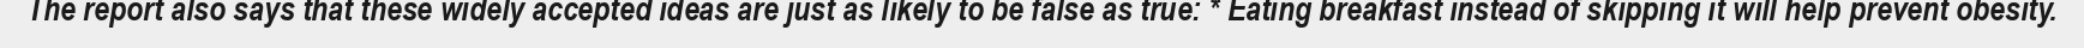
The report also says that these widely accepted ideas are just as likely to be false as true: * Eating breakfast instead of skipping it will help prevent obesity.